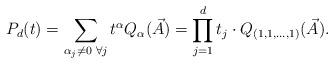
LaTeX: \begin{align*} P_d(t) = \sum_{\alpha_j\ne 0\,\,\forall j} t^\alpha Q_\alpha(\vec{A})=\prod_{j=1}^d t_j \cdot Q_{(1,1,\dots,1)}(\vec{A}). \end{align*}